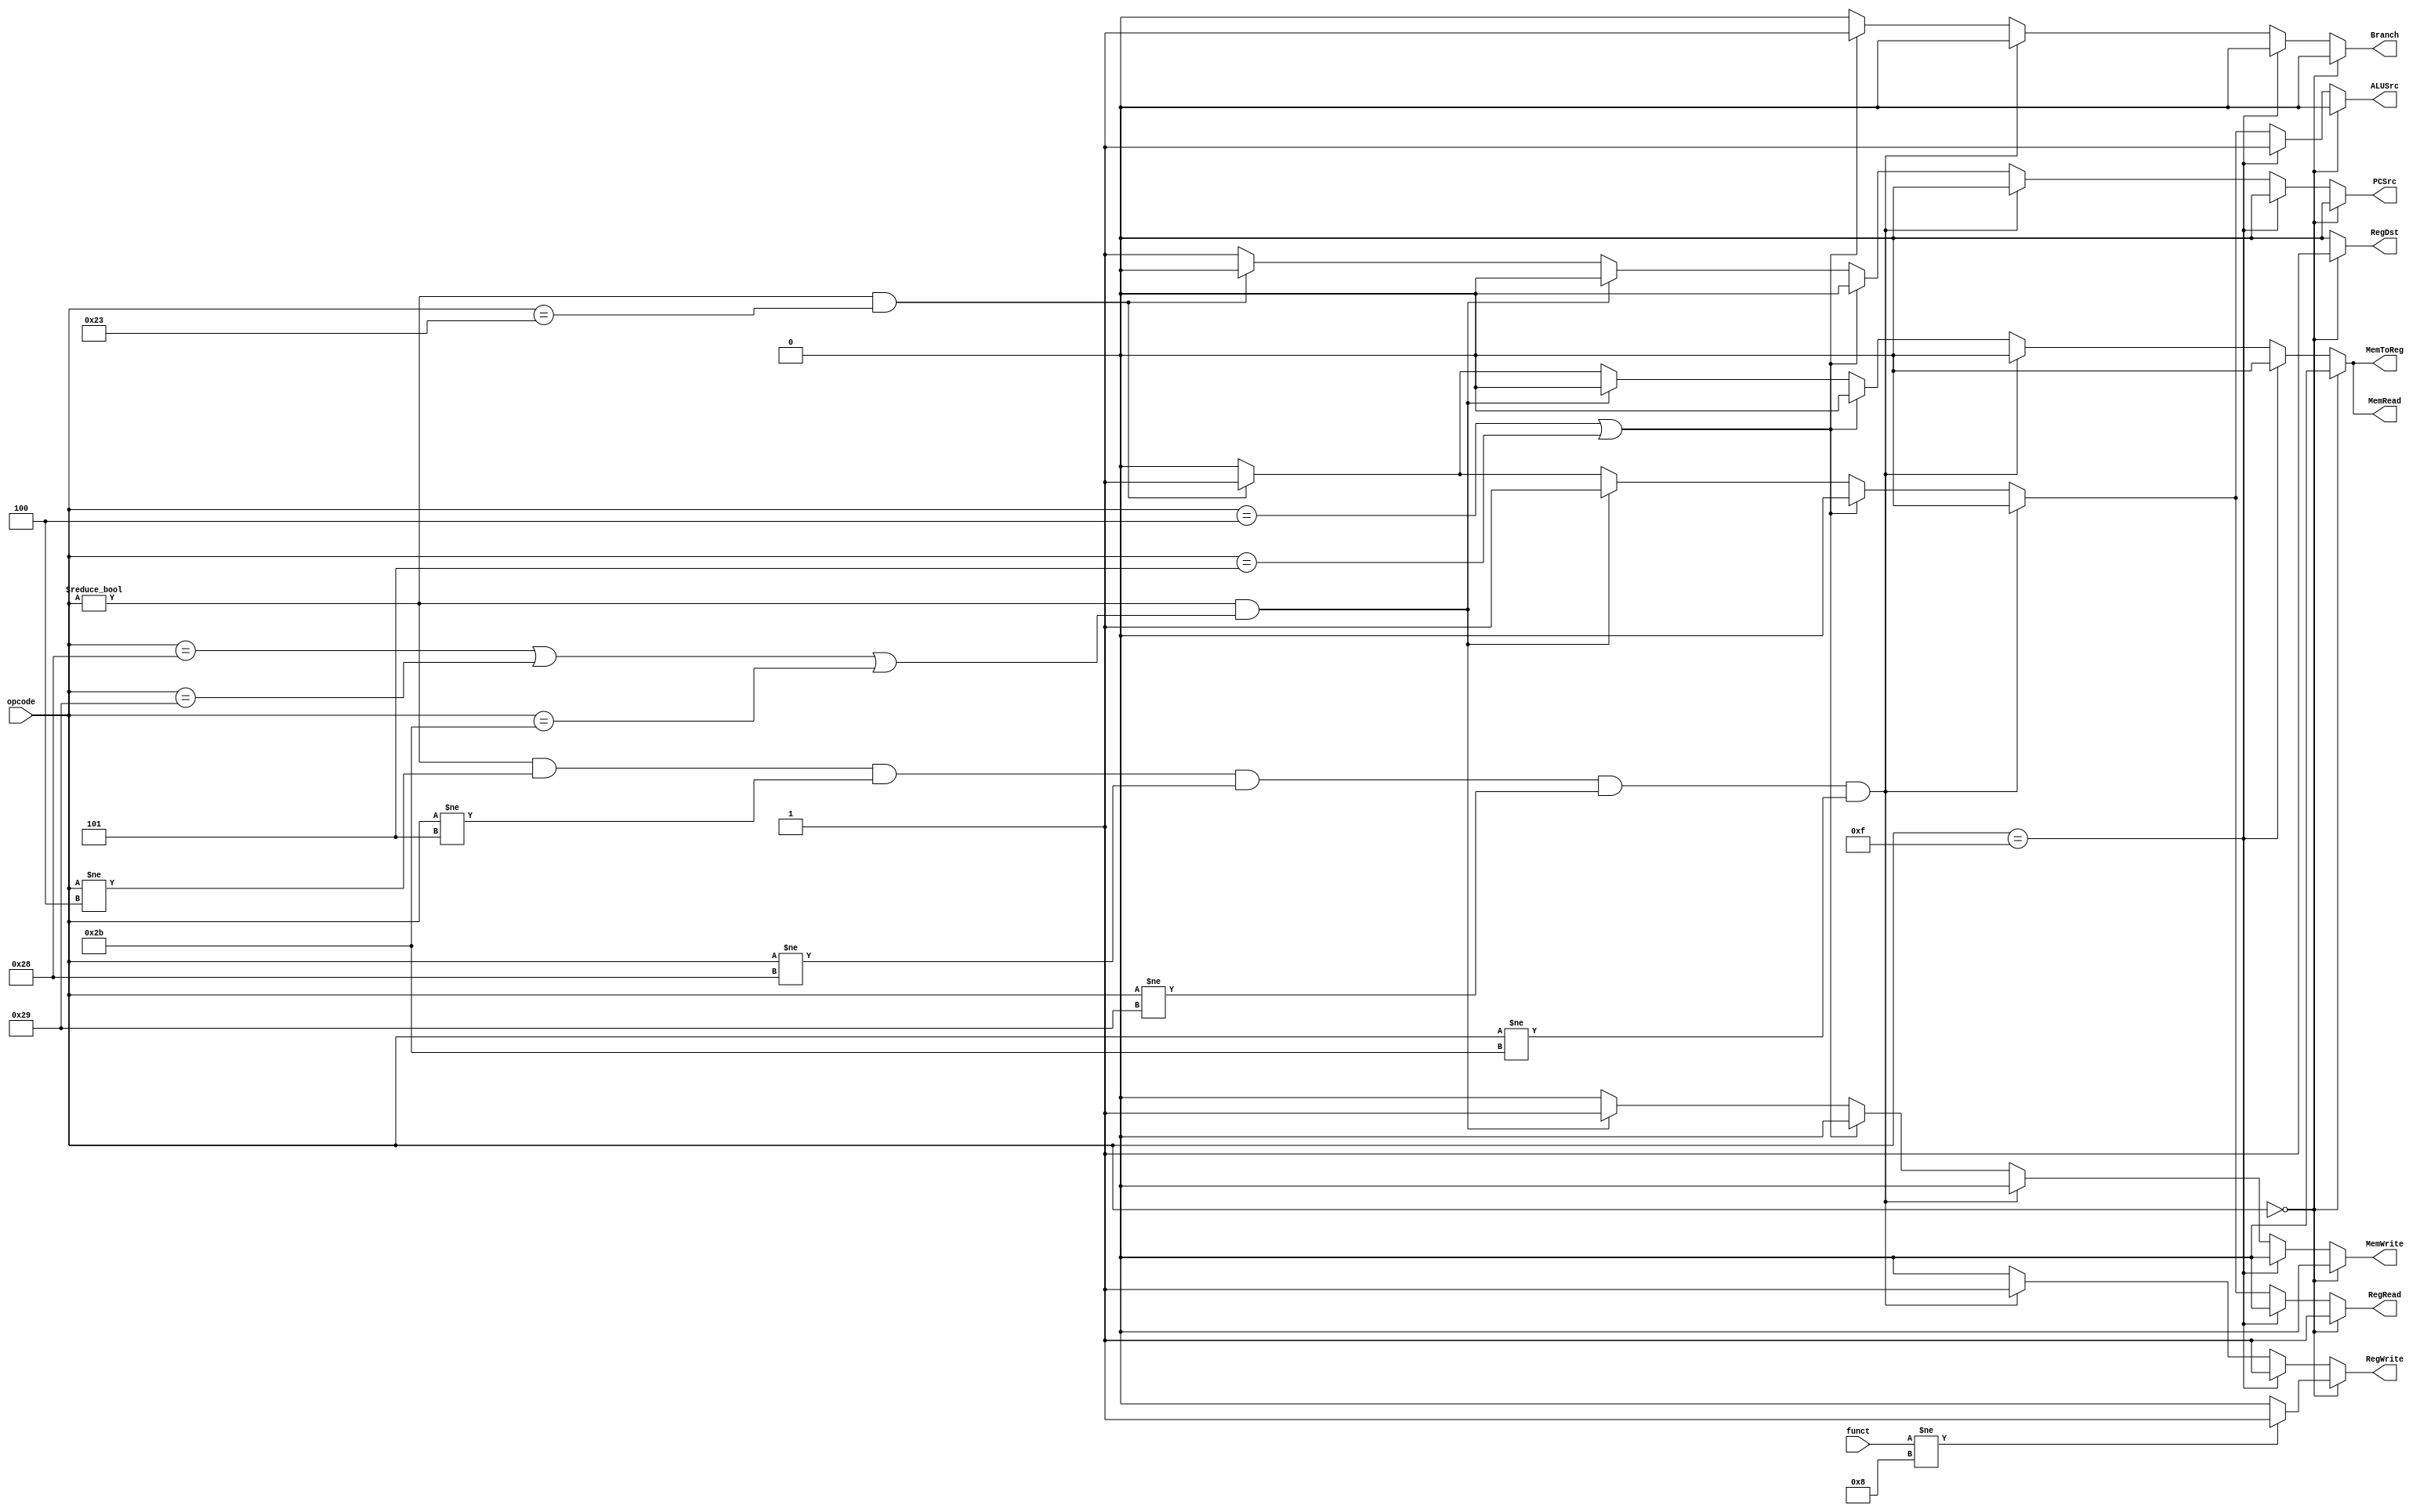
/* 
Module to behave like the control unit to set the necessary signals for the execution of an instruction -
   1. RegDst - Which field of the instruction is the register to be written to
   2. RegWrite - Write to register file
   3. RegRead - Read from a register
   4. ALUSrc - The source for the second input to the ALU
   5. PCSrc - Source for PC (next instruction to be executed)
   6. MemRead - Read from the main memory
   7. MemWrite - Write to the main memory
   8. MemToReg - Source of write_data (data to be written to the register file)
   9. Branch -  When a branch/jump instruction is used
*/
module signal_gen(
    output reg  RegRead,
                RegWrite,
                MemRead,
                MemWrite,
                RegDst, // 0: rt, 1: rd
                Branch,
                ALUSrc,
                PCSrc,
                MemToReg,
    input [5:0] opcode, funct
);

    always @(opcode, funct) 
    begin
	    // Reset all signals
        MemRead  = 1'b0;
        MemWrite = 1'b0;
        RegWrite = 1'b0;
        RegRead  = 1'b0;
        RegDst   = 1'b0;
        Branch   = 1'b0;
        ALUSrc   = 1'b0;
        PCSrc    = 1'b0;
        MemToReg = 1'b0;
		
        // R type
        if(opcode == 6'h0) begin
            RegDst = 1'b1;
            RegRead = 1'b1;
            // If NOT JR  - Jump Register
            if(funct != 6'h08) begin
                RegWrite = 1'b1;
            end
            // $display("RegWrite : %1b, RegDst : %1b, RegRead : %1b", RegWrite, RegDst, RegRead);
        end
        // LUI(load unsigned immediate) => no need to read any register => immediate value is written to a register
        else if(opcode == 6'b001111) begin
            RegWrite = 1'b1;
            ALUSrc   = 1'b1;
        end
        // If r-type, don't enter this block
        // For r-type, beq, bne, sb, sh and sw there is no need to register write
        else if(opcode != 6'h0 & opcode != 6'h4 & opcode != 6'h5 & opcode != 6'h28 & opcode != 6'h29 & opcode != 6'h2b) begin
            RegWrite = 1'b1;
        end
        // For branch instructions
        else if(opcode == 6'h4 | opcode == 6'h5) begin
            Branch   = 1'b1;
        end
        // For memory write operation
        // sb, sh and sw use memory to write
        else if(opcode != 6'h0 & (opcode == 6'h28 | opcode == 6'h29 | opcode == 6'h2b)) begin
            MemWrite = 1'b1;
            RegRead  = 1'b1;
            ALUSrc   = 1'b1;
        end
        // For memory read operation
        // lw, 
        else if(opcode != 6'h0 & (opcode == 6'h23))begin
            MemRead = 1'b1;
            ALUSrc  = 1'b1;
            MemToReg= 1'b1;
            RegRead = 1'b1;
        end
        // J type
        else
        begin
            PCSrc = 1'b1;
        end
    end
endmodule